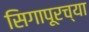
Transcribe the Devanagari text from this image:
सिगापूरच्या